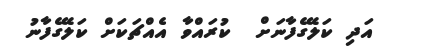
އަދި ކަލޭގެފާނަށް  ކުރައްވާ އެއްޗަކަށް ކަލޭގެފާނު